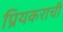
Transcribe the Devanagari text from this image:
प्रियकराची